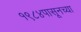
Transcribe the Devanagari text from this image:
१९८४पासूनच्या